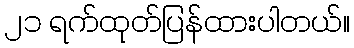
၂၁ ရက်ထုတ်ပြန်ထားပါတယ်။